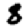
Digit: 8